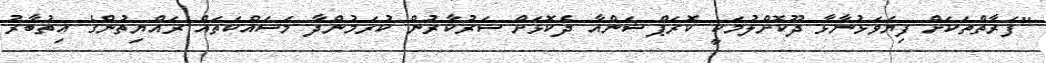
"ފަރާތްތަކަށް ފިޔަވަޅުނާޅާ ދޫކޮށްލުމަކީ ކޮރަޕްޝަންއާ ދެކޮޅަށް ސަރުކާރުން ކުރަމުންދާ މަސައްކަތައް ރައްޔިތުންގެ އިތުބާރު